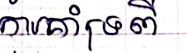
ការគាំទ្រពី